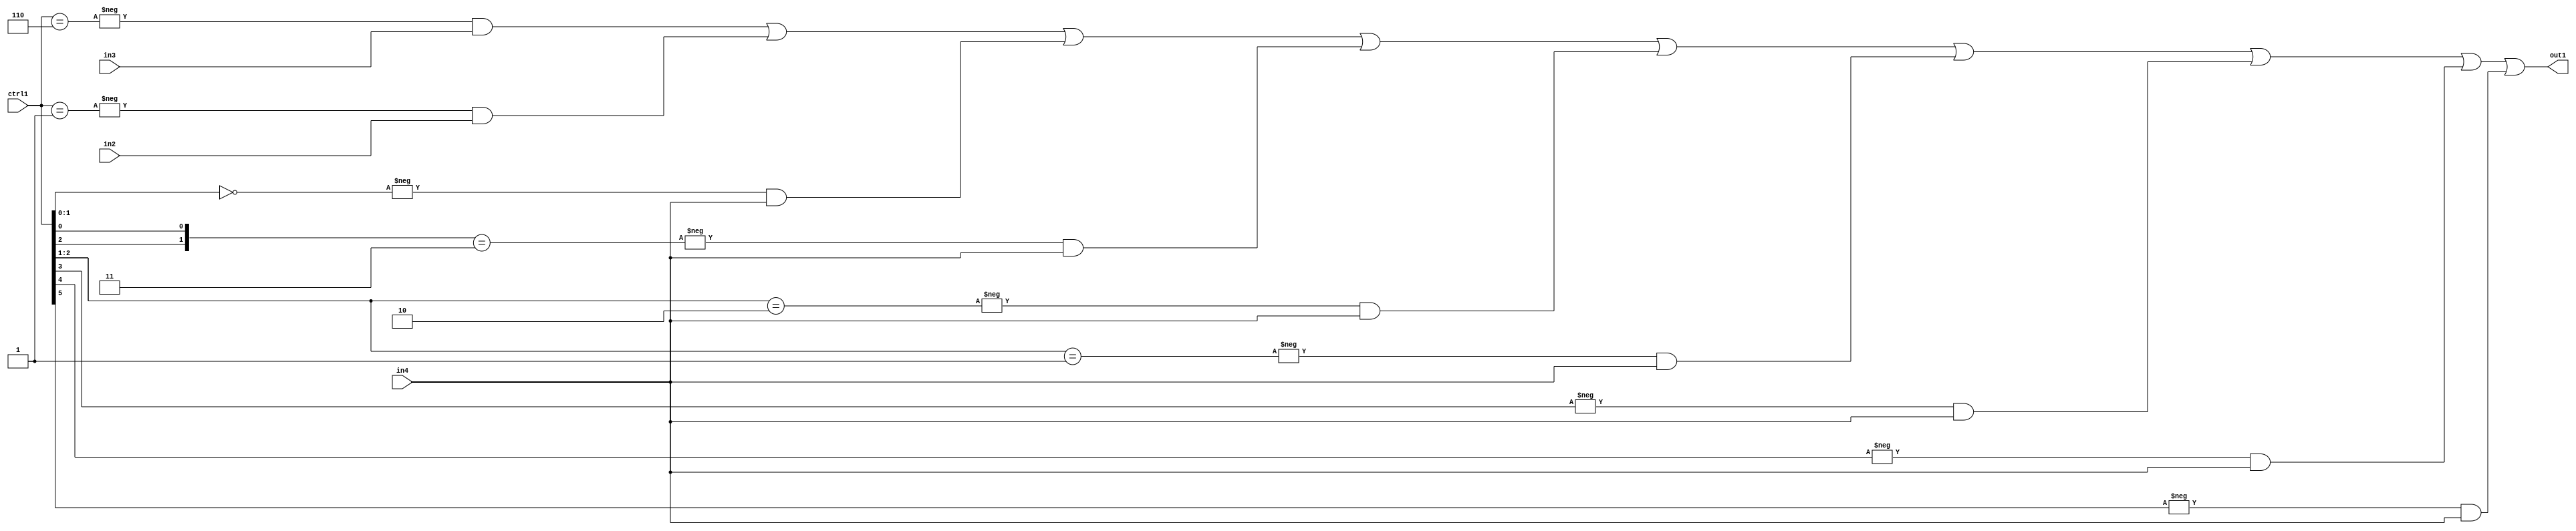
`timescale 1ps / 1ps
/*****************************************************************************
    Verilog RTL Description
    
    
    Created by: Stratus DpOpt 21.05.01 
*******************************************************************************/

module SobelFilter_N_Mux_32_3_104_4 (
	in4,
	in3,
	in2,
	ctrl1,
	out1
	); /* architecture "behavioural" */ 
input [31:0] in4;
input [8:0] in3,
	in2;
input [5:0] ctrl1;
output [31:0] out1;
wire [31:0] asc001;

assign asc001 = 
	-{ctrl1 == 6'B000110} & in3 |
	-{ctrl1 == 6'B000001} & in2 |
	-{ctrl1[1:0] == 2'B00} & in4 |
	-{{ctrl1[2], ctrl1[0]} == 2'B11} & in4 |
	-{ctrl1[2:1] == 2'B10} & in4 |
	-{ctrl1[2:1] == 2'B01} & in4 |
	-{ctrl1[3] == 1'B1} & in4 |
	-{ctrl1[4] == 1'B1} & in4 |
	-{ctrl1[5] == 1'B1} & in4 ;

assign out1 = asc001;
endmodule

/* CADENCE  vrH5SAg= : u9/ySxbfrwZIxEzHVQQV8Q== ** DO NOT EDIT THIS LINE ******/